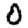
Digit: 0